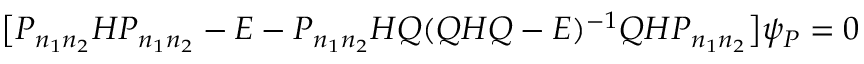
\begin{array} { r } { \big [ P _ { n _ { 1 } n _ { 2 } } H P _ { n _ { 1 } n _ { 2 } } - E - P _ { n _ { 1 } n _ { 2 } } H Q ( Q H Q - E ) ^ { - 1 } Q H P _ { n _ { 1 } n _ { 2 } } \big ] \psi _ { P } = 0 } \end{array}